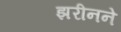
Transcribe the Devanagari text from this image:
झरीनने